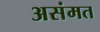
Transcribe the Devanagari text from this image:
असंमत